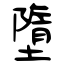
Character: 墮